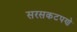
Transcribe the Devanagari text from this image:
सरसकटपणे